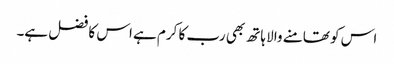
اس کو تھامنے والا ہاتھ بھی رب کا کرم ہے اس کا فضل ہے۔